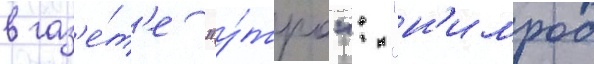
в газ'е́т'е "у́тро": "н'имрод